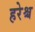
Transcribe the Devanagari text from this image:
हरेश्च